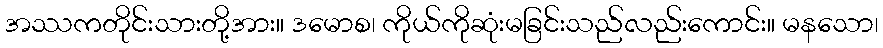
အဿကတိုင်းသားတို့အား။ ဒမောစ၊ ကိုယ်ကိုဆုံးမခြင်းသည်လည်းကောင်း။ မနသော၊